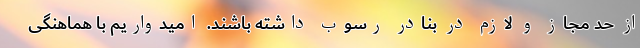
از حد مجاز و لازم در بنادر رسوب داشته باشند. امیدواریم با هماهنگی